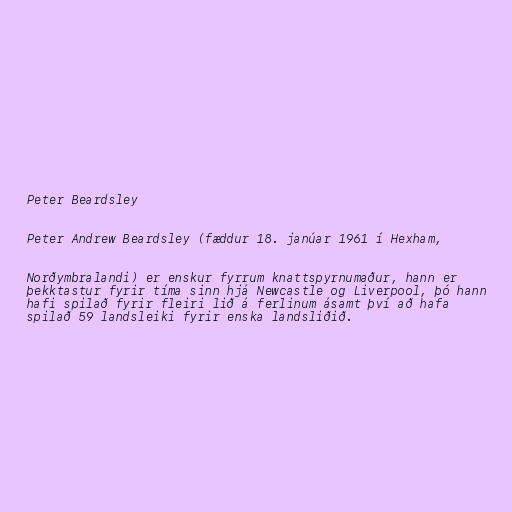
Peter Beardsley

Peter Andrew Beardsley (fæddur 18. janúar 1961 í Hexham,

Norðymbralandi) er enskur fyrrum knattspyrnumaður, hann er
þekktastur fyrir tíma sinn hjá Newcastle og Liverpool, þó hann
hafi spilað fyrir fleiri lið á ferlinum ásamt því að hafa
spilað 59 landsleiki fyrir enska landsliðið.